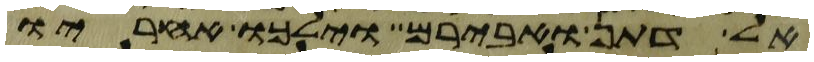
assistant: אל דתן ואבירם וילכו אחריו